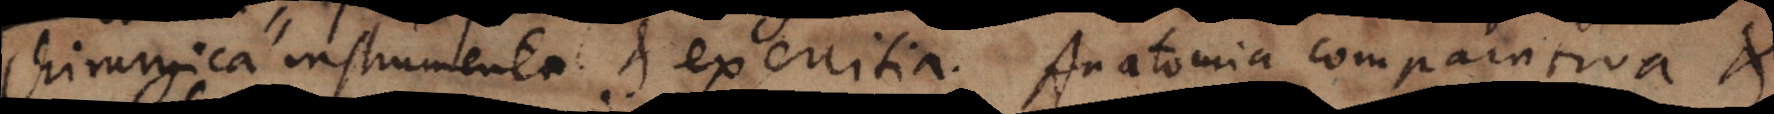
Chirurgica instrumenta et exercitia. Anatomia comparativa et